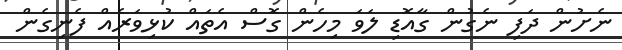
ނެށުން ދަފި ނެގުން ގާއޮޑި ލަވަ މިހެން ގޮސް އެެތައް ކުޅިވަރެއް ފެނިގެން